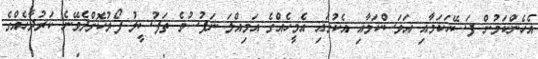
އެހެންކަމުން ފަސޭހަކަމާއި އަވަސްކަމާއި އެކުގައި އެމީހެއްގެ އަމިއްލަ ނަފުސުގެ ތަފުސީލު ފޯރުކޮށްދެވޭނެ ކަރުދާހެއްގެ